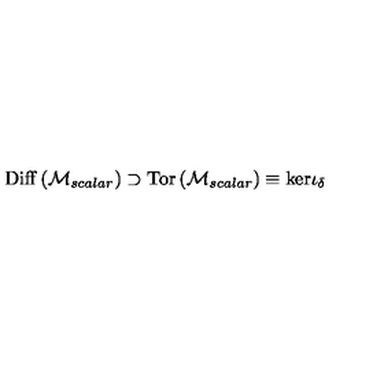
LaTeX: \mathrm { D i f f } \left( { \cal M } _ { s c a l a r } \right) \supset \mathrm { T o r } \left( { \cal M } _ { s c a l a r } \right) \equiv \mathrm { k e r } \iota _ { \delta }